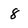
Character: 8